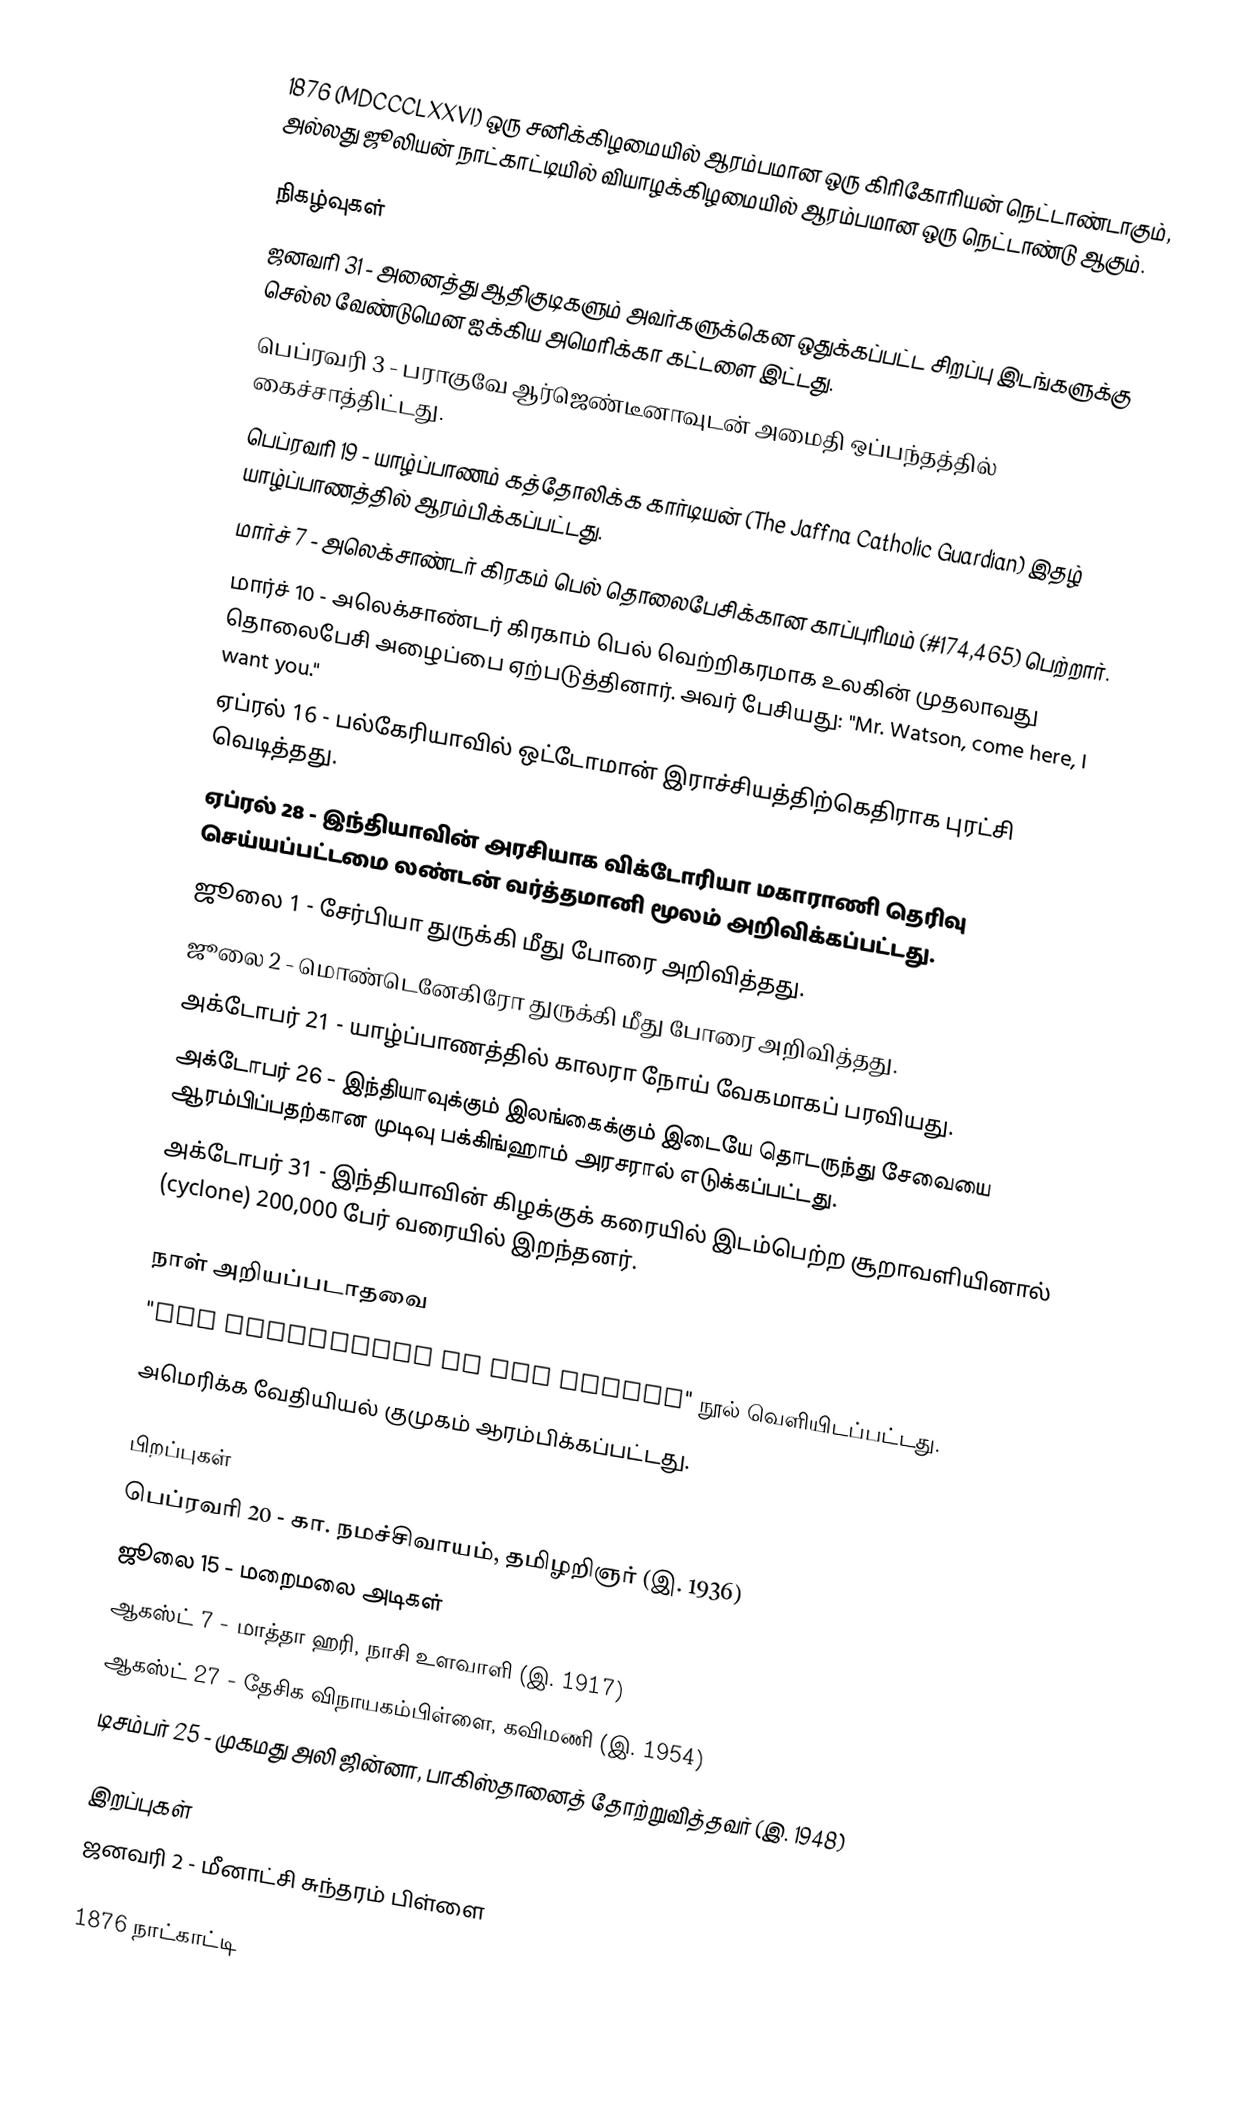
1876 (MDCCCLXXVI) ஒரு சனிக்கிழமையில் ஆரம்பமான ஒரு கிரிகோரியன் நெட்டாண்டாகும், அல்லது ஜூலியன் நாட்காட்டியில் வியாழக்கிழமையில் ஆரம்பமான ஒரு நெட்டாண்டு ஆகும்.

நிகழ்வுகள்
 ஜனவரி 31 - அனைத்து ஆதிகுடிகளும் அவர்களுக்கென ஒதுக்கப்பட்ட சிறப்பு இடங்களுக்கு செல்ல வேண்டுமென ஐக்கிய அமெரிக்கா கட்டளை இட்டது.
 பெப்ரவரி 3 - பராகுவே ஆர்ஜெண்டீனாவுடன் அமைதி ஒப்பந்தத்தில் கைச்சாத்திட்டது.
 பெப்ரவரி 19 - யாழ்ப்பாணம் கத்தோலிக்க கார்டியன் (The Jaffna Catholic Guardian) இதழ் யாழ்ப்பாணத்தில் ஆரம்பிக்கப்பட்டது.
 மார்ச் 7 - அலெக்சாண்டர் கிரகம் பெல் தொலைபேசிக்கான காப்புரிமம் (#174,465) பெற்றார்.
 மார்ச் 10 - அலெக்சாண்டர் கிரகாம் பெல் வெற்றிகரமாக உலகின் முதலாவது தொலைபேசி அழைப்பை ஏற்படுத்தினார். அவர் பேசியது: "Mr. Watson, come here, I want you."
 ஏப்ரல் 16 - பல்கேரியாவில் ஒட்டோமான் இராச்சியத்திற்கெதிராக புரட்சி வெடித்தது.
 ஏப்ரல் 28 - இந்தியாவின் அரசியாக விக்டோரியா மகாராணி தெரிவு செய்யப்பட்டமை லண்டன் வர்த்தமானி மூலம் அறிவிக்கப்பட்டது.
 ஜூலை 1 - சேர்பியா துருக்கி மீது போரை அறிவித்தது.
 ஜூலை 2 - மொண்டெனேகிரோ துருக்கி மீது போரை அறிவித்தது.
 அக்டோபர் 21 - யாழ்ப்பாணத்தில் காலரா நோய் வேகமாகப் பரவியது.
 அக்டோபர் 26 - இந்தியாவுக்கும் இலங்கைக்கும் இடையே தொடருந்து சேவையை ஆரம்பிப்பதற்கான முடிவு பக்கிங்ஹாம் அரசரால் எடுக்கப்பட்டது.
 அக்டோபர் 31 - இந்தியாவின் கிழக்குக் கரையில் இடம்பெற்ற சூறாவளியினால் (cyclone) 200,000 பேர் வரையில் இறந்தனர்.

நாள் அறியப்படாதவை
 "The Adventures of Tom Sawyer" நூல் வெளியிடப்பட்டது.
 அமெரிக்க வேதியியல் குமுகம் ஆரம்பிக்கப்பட்டது.

பிறப்புகள்
 பெப்ரவரி 20 - கா. நமச்சிவாயம், தமிழறிஞர் (இ. 1936)
 ஜூலை 15 - மறைமலை அடிகள்
 ஆகஸ்ட் 7 - மாத்தா ஹரி, நாசி உளவாளி (இ. 1917)
 ஆகஸ்ட் 27 - தேசிக விநாயகம்பிள்ளை, கவிமணி (இ. 1954)
 டிசம்பர் 25 - முகமது அலி ஜின்னா, பாகிஸ்தானைத் தோற்றுவித்தவர் (இ. 1948)

இறப்புகள்
 ஜனவரி 2 - மீனாட்சி சுந்தரம் பிள்ளை

1876 நாட்காட்டி